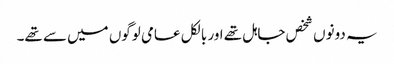
یہ دونوں شخص جاہل تھے اور بالکل عامی لوگوں میں سے تھے۔